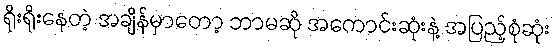
ရိုးရိုးနေတဲ့ အချိန်မှာတော့ ဘာမဆို အကောင်းဆုံးနဲ့ အပြည့်စုံဆုံး